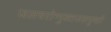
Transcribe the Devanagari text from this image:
जलचरोन्मुक्तजलपूर्णाः